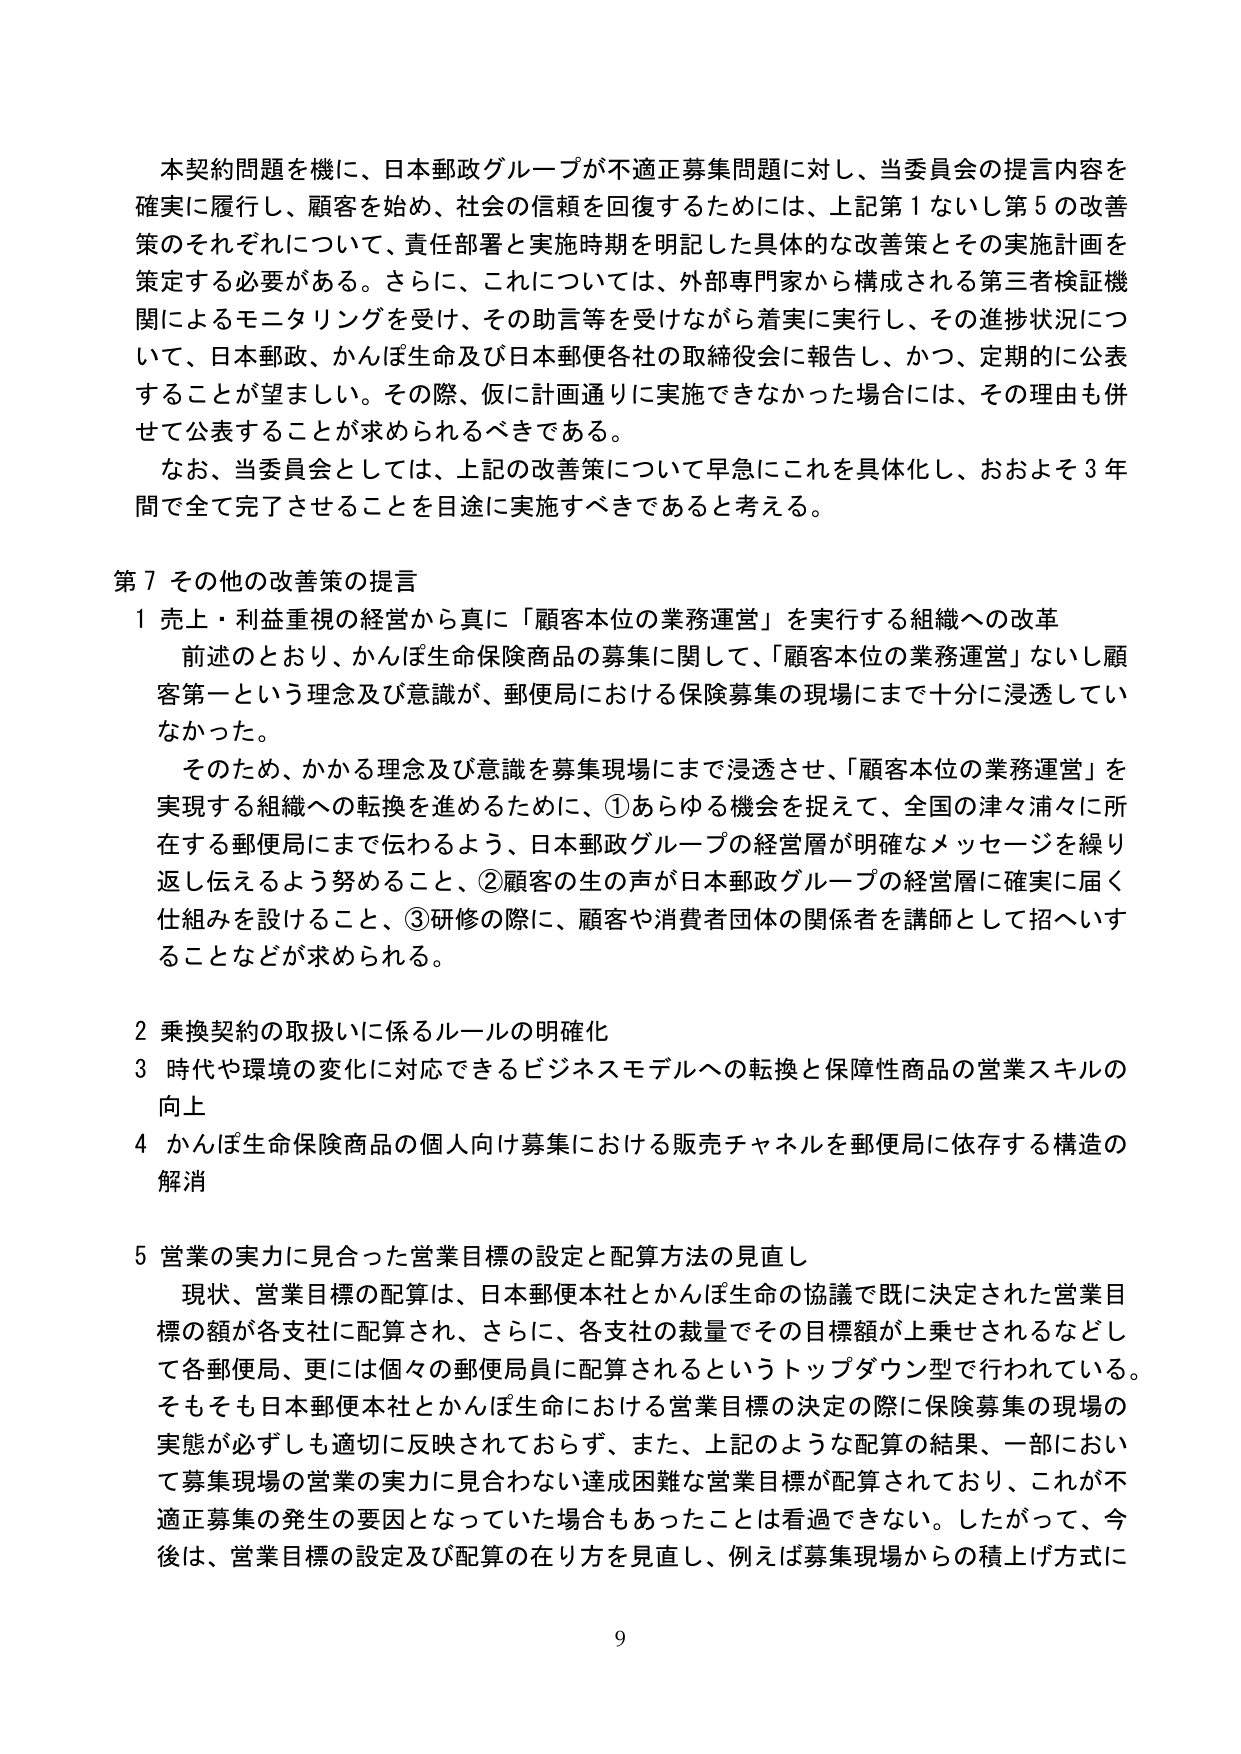
本契約問題を機に、日本郵政グループが不適正募集問題に対し、当委員会の提言内容を
確実に履行し、顧客を始め、社会の信頼を回復するためには、上記第1ないし第5の改善
策のそれぞれについて、責任部署と実施時期を明記した具体的な改善策とその実施計画を
策定する必要がある。さらに、これについては、外部専門家から構成される第三者検証機
関によるモニタリングを受け、その助言等を受けながら着実に実行し、その進捗状況につ
いて、日本郵政、かんぽ生命及び日本郵便各社の取締役会に報告し、かつ、定期的に公表
することが望ましい。その際、仮に計画通りに実施できなかった場合には、その理由も併
せて公表することが求められるべきである。

なお、当委員会としては、上記の改善策について早急にこれを具体化し、おおよそ3年
間で全て完了させることを目途に実施すべきであると考える。

第7 その他の改善策の提言

1 売上・利益重視の経営から真に「顧客本位の業務運営」を実行する組織への改革
　前述のとおり、かんぽ生命保険商品の募集に関して、「顧客本位の業務運営」ないし顧
　客第一という理念及び意識が、郵便局における保険募集の現場にまで十分に浸透してい
　なかった。
　そのため、かかる理念及び意識を募集現場にまで浸透させ、「顧客本位の業務運営」を
　実現する組織への転換を進めるために、①あらゆる機会を捉えて、全国の津々浦々に所
　在する郵便局にまで伝わるよう、日本郵政グループの経営層が明確なメッセージを繰り
　返し伝えるよう努めること、②顧客の生の声が日本郵政グループの経営層に確実に届く
　仕組みを設けること、③研修の際に、顧客や消費者団体の関係者を講師として招へいす
　ることなどが求められる。

2 乗換契約の取扱いに係るルールの明確化
3 時代や環境の変化に対応できるビジネスモデルへの転換と保障性商品の営業スキルの
　向上
4 かんぽ生命保険商品の個人向け募集における販売チャネルを郵便局に依存する構造の
　解消

5 営業の実力に見合った営業目標の設定と配算方法の見直し
　現状、営業目標の配算は、日本郵便本社とかんぽ生命の協議で既に決定された営業目
　標の額が各支社に配算され、さらに、各支社の裁量でその目標額が上乗せされるなどし
　て各郵便局、更には個々の郵便局員に配算されるというトップダウン型で行われている。
　そもそも日本郵便本社とかんぽ生命における営業目標の決定の際に保険募集の現場の
　実態が必ずしも適切に反映されておらず、また、上記のような配算の結果、一部におい
　て募集現場の営業の実力に見合わない達成困難な営業目標が配算されており、これが不
　適正募集の発生の要因となっていた場合もあったことは看過できない。したがって、今
　後は、営業目標の設定及び配算の在り方を見直し、例えば募集現場からの積上げ方式に

9